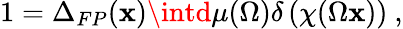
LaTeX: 1=\Delta_{FP}(\mathbf{x})\intd\mu(\Omega)\delta\left(\chi(\Omega\mathbf{x})\right)\ ,